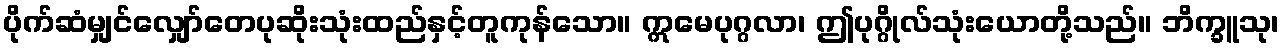
ပိုက်ဆံမျှင်လျှော်တေပုဆိုးသုံးထည်နှင့်တူကုန်သော။ ဣမေပုဂ္ဂလာ၊ ဤပုဂ္ဂိုလ်သုံးယောတို့သည်။ ဘိက္ခူသု၊